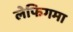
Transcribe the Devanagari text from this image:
लेफिगमा